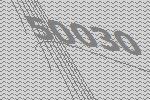
50030